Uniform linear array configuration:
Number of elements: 24
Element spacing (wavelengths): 0.75
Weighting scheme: cosine
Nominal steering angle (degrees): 30
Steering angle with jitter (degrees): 31.263
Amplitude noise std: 0.05
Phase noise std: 0.05

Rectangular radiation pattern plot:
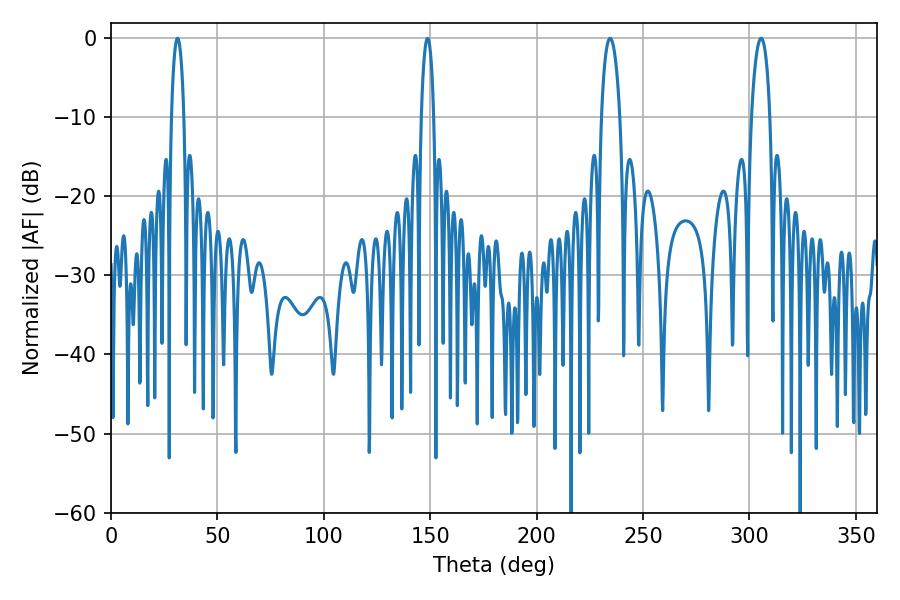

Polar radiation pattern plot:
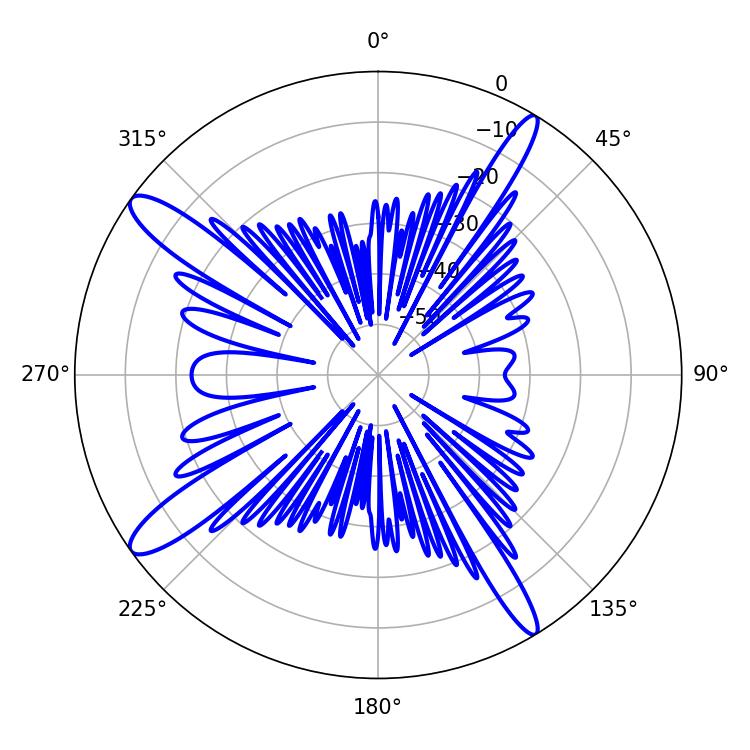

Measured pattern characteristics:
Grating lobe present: TRUE
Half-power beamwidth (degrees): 4.86
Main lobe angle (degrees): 234.54